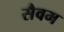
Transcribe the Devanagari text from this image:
सैवम